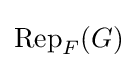
\operatorname {Rep} _{F}(G)